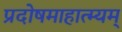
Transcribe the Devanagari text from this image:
प्रदोषमाहात्म्यम्